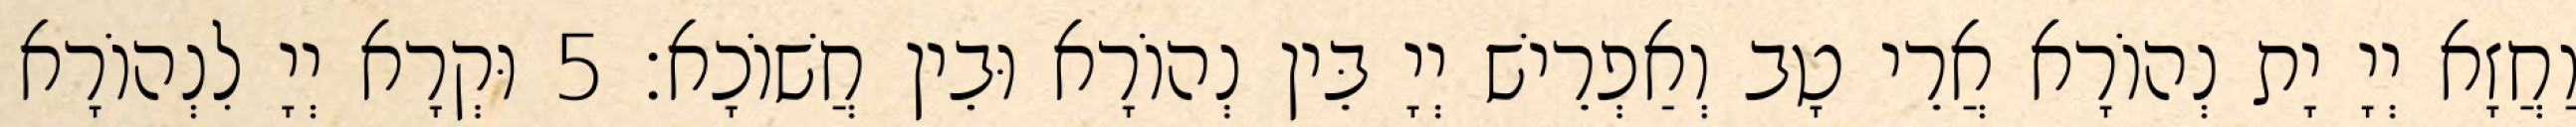
וַחֲזָא יְיָ יָת נְהוֹרָא אֲרֵי טָב וְאַפְרֵישׁ יְיָ בֵּין נְהוֹרָא וּבֵין חֲשׁוֹכָא׃ 5 וּקְרָא יְיָ לִנְהוֹרָא